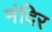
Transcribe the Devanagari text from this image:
मंदिर